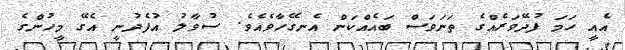
އެއީ ހަމަ ފުދޭވަރެއްގެ ތަނަވަސް ބައެއްކަން އެނގޭހާވެއެވެ. ސުވާލު އުފެދުނީ އެގޭ މީހުންގެ